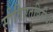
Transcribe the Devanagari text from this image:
सोविएतविरोधी